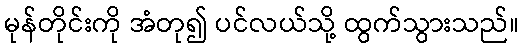
မုန်တိုင်းကို အံတု၍ ပင်လယ်သို့ ထွက်သွားသည်။